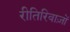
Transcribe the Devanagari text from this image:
रीतिरिवाज़ों